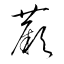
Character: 蕨